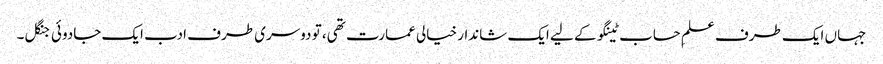
جہاں ایک طرف علمِ حساب ٹینگو کے لیے ایک شاندار خیالی عمارت تھی، تو دوسری طرف ادب ایک جادوئی جنگل۔